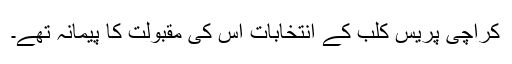
کراچی پریس کلب کے انتخابات اس کی مقبولت کا پیمانہ تھے۔